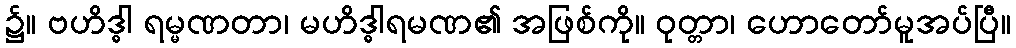
၌။ ဗဟိဒ္ဓါ ရမ္မဏတာ၊ မဟိဒ္ဓါရမဏ၏ အဖြစ်ကို။ ဝုတ္တာ၊ ဟောတော်မူအပ်ပြီ။